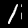
Label: 1